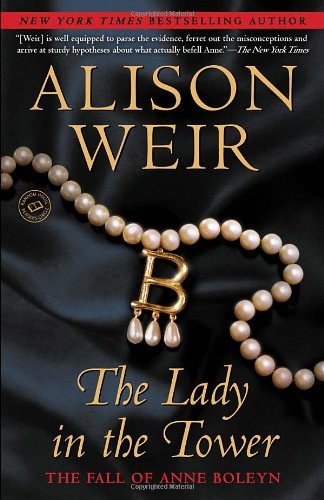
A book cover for The Lady in the Tower: The Fall of Anne Boleyn (Random House Reader's Circle); Alison Weir; Biographies & Memoirs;